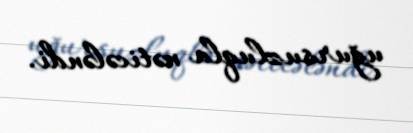
uğursuzluqla nəticələndi.